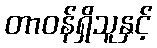
တာဝန်ရှိသူနှင့်